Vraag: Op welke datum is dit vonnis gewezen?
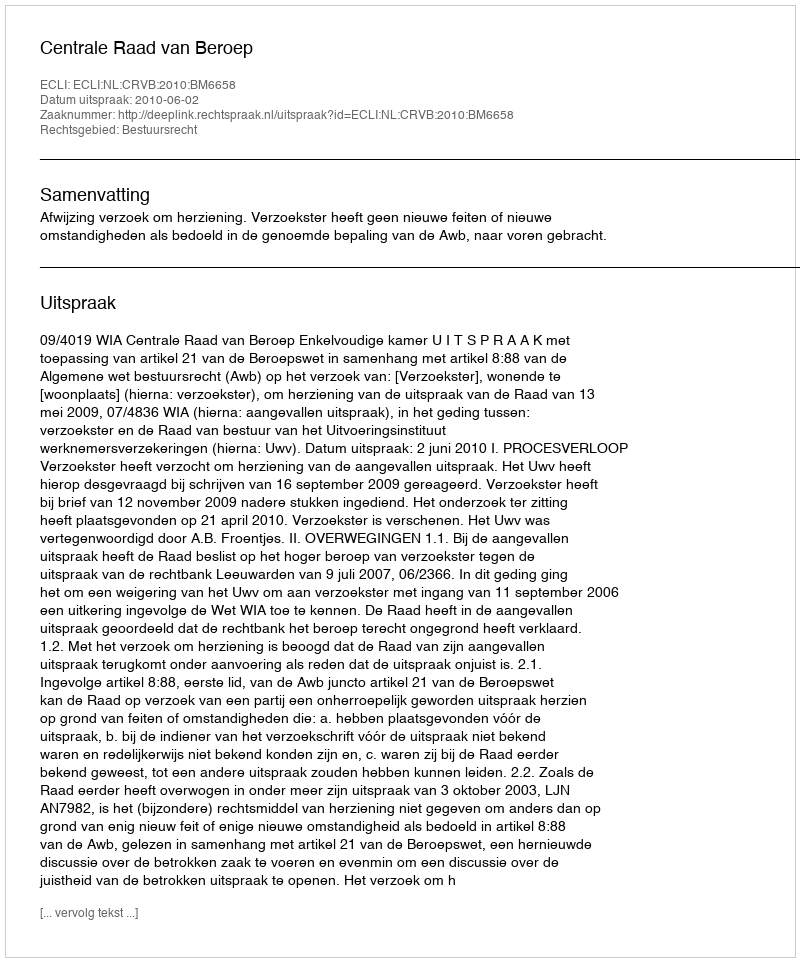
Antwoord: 2010-06-02